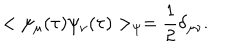
LaTeX: < \psi _ { \mu } ( \tau ) \psi _ { \nu } ( \tau ) > _ { \psi } = { \frac { 1 } { 2 } } \delta _ { \mu \nu } .